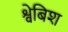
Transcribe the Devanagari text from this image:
श्वेबिश